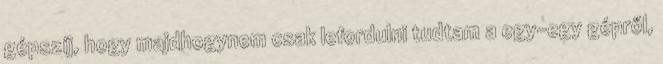
gépszíj, hogy majdhogynem csak lefordulni tudtam a egy-egy gépről,